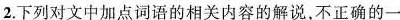
2.下列对文中加点词语的相关内容的解说,不正确的一